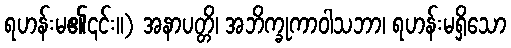
ရဟန်းမ၏၎င်း။) အနာပတ္တိ၊ အဘိက္ခုကာဝါသဘာ၊ ရဟန်းမရှိသော